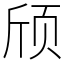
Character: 颀